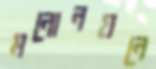
মনোনয়নে